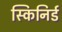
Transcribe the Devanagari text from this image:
स्किनिर्ड